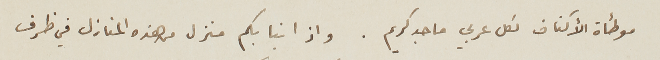
موطأة الأكناف لكل عربي ماجد كريم. واذا نبا بكم منزل من هذه المنازل في ظرف